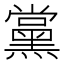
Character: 黨